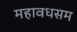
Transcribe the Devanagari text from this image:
महावधसम